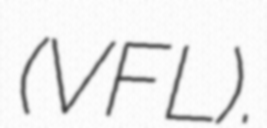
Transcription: (VFL).